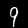
Digit: 9